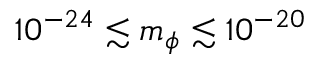
1 0 ^ { - 2 4 } \lesssim m _ { \phi } \lesssim 1 0 ^ { - 2 0 }